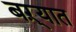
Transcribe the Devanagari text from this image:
बऱ्यात